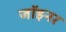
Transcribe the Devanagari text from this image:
जॉइनर